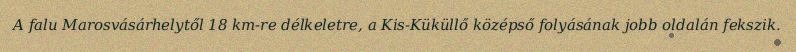
A falu Marosvásárhelytől 18 km-re délkeletre, a Kis-Küküllő középső folyásának jobb oldalán fekszik.